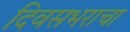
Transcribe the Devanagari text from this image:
दिवसभराचा